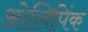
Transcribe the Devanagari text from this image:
ओलिपिंक